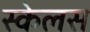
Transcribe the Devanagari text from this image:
स्केलस